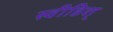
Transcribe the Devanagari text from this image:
स्वीडिश्